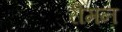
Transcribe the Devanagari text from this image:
रीमन